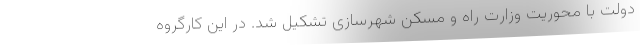
دولت با محوریت وزارت راه و مسکن شهرسازی تشکیل شد. در این کارگروه